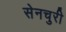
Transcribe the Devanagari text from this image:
सेनचुरी